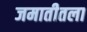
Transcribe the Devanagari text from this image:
जमातीतला